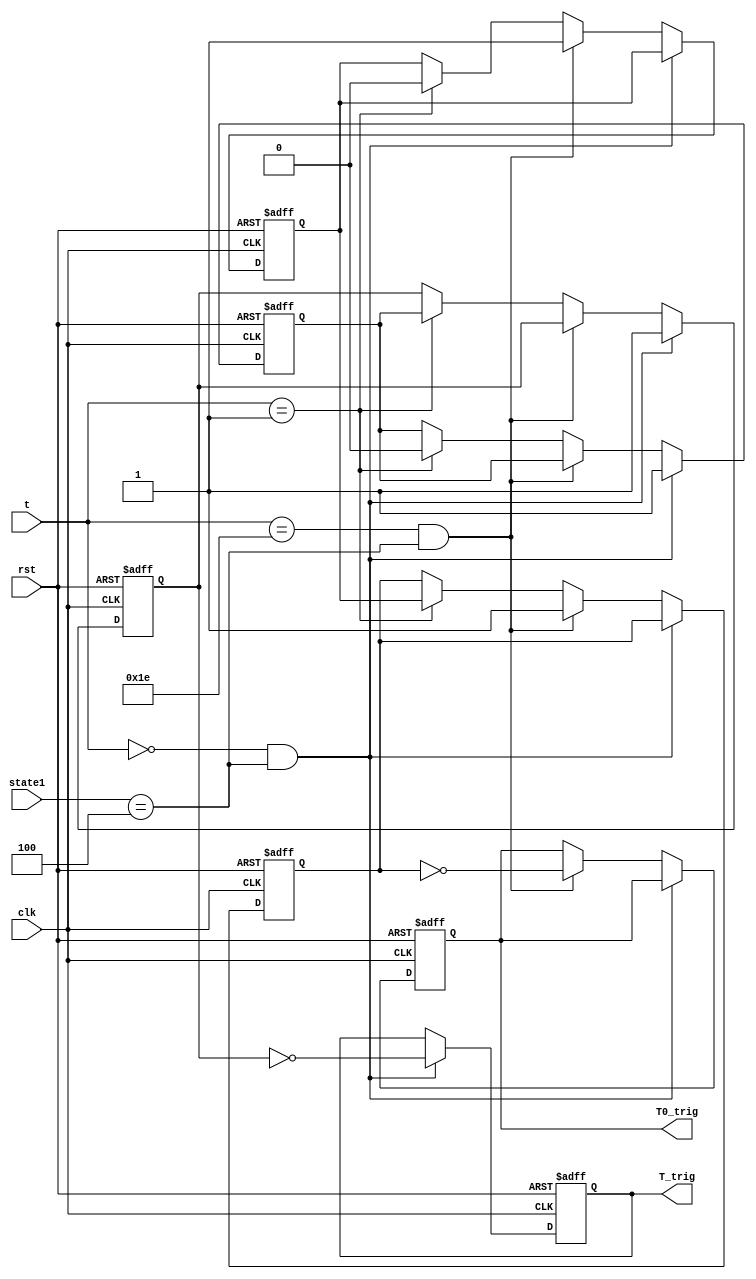
`timescale 1ns / 1ps
//////////////////////////////////////////////////////////////////////////////////
// Company: 
// Engineer: 
// 
// Design Name: 
// Module Name: Oneshot_t
// Project Name: 
// Target Devices: 
// Tool Versions: 
// Description: 
// 
// Dependencies: 
// 
// Revision:
// Revision 0.01 - File Created
// Additional Comments:
// 
//////////////////////////////////////////////////////////////////////////////////


module Oneshot_t(clk, rst, t, state1, T_trig, T0_trig);

input clk, rst;
input [4:0] t;
input [2:0] state1;

reg R;
reg R_reg;
reg K;
reg K_reg;

output reg T_trig;
output reg T0_trig;

always @(posedge clk or negedge rst) begin
    if(!rst) begin
        R <= 0;
        R_reg <= 0;
        K <= 0;
        K_reg <= 0;
        T_trig <= 0;
        T0_trig <= 0;
    end
    else begin
        if(t==5'b00000 && state1==3'b100) begin
            R = 1;
            R_reg <= R;
            T_trig <= R & ~R_reg;
        end
        else if(t==5'b11110 && state1==3'b100)begin
            K = 1;
            K_reg <= K;
            T0_trig <= K & ~K_reg;
        end
        else if(t == 5'b00001) begin
            R <= 0;
            R_reg <= R;
            K <= 0;
            K_reg <= K;
        end
    end
end

endmodule